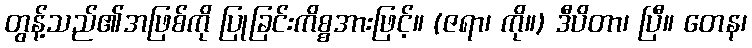
တွန့်သည်၏အဖြစ်ကို ပြုခြင်းကိစ္စအားဖြင့်။ (ဇရာ၊ ကို။) ဒီပိတာ၊ ပြီ။ တေန၊